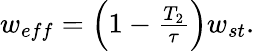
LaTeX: \begin{array}{r}{w_{eff}=\left(1-\frac{T_{2}}{\tau}\right)w_{st}.}\end{array}